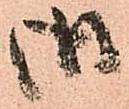
御